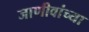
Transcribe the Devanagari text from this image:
जाणीवांच्या